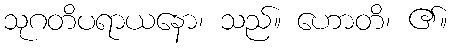
သုဂတိပရာယနော၊ သည်။ ဟောတိ၊ ၏။